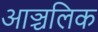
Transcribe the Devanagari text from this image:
आञ्चलिक